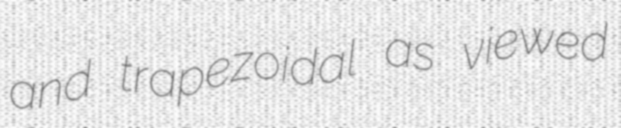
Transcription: and trapezoidal as viewed